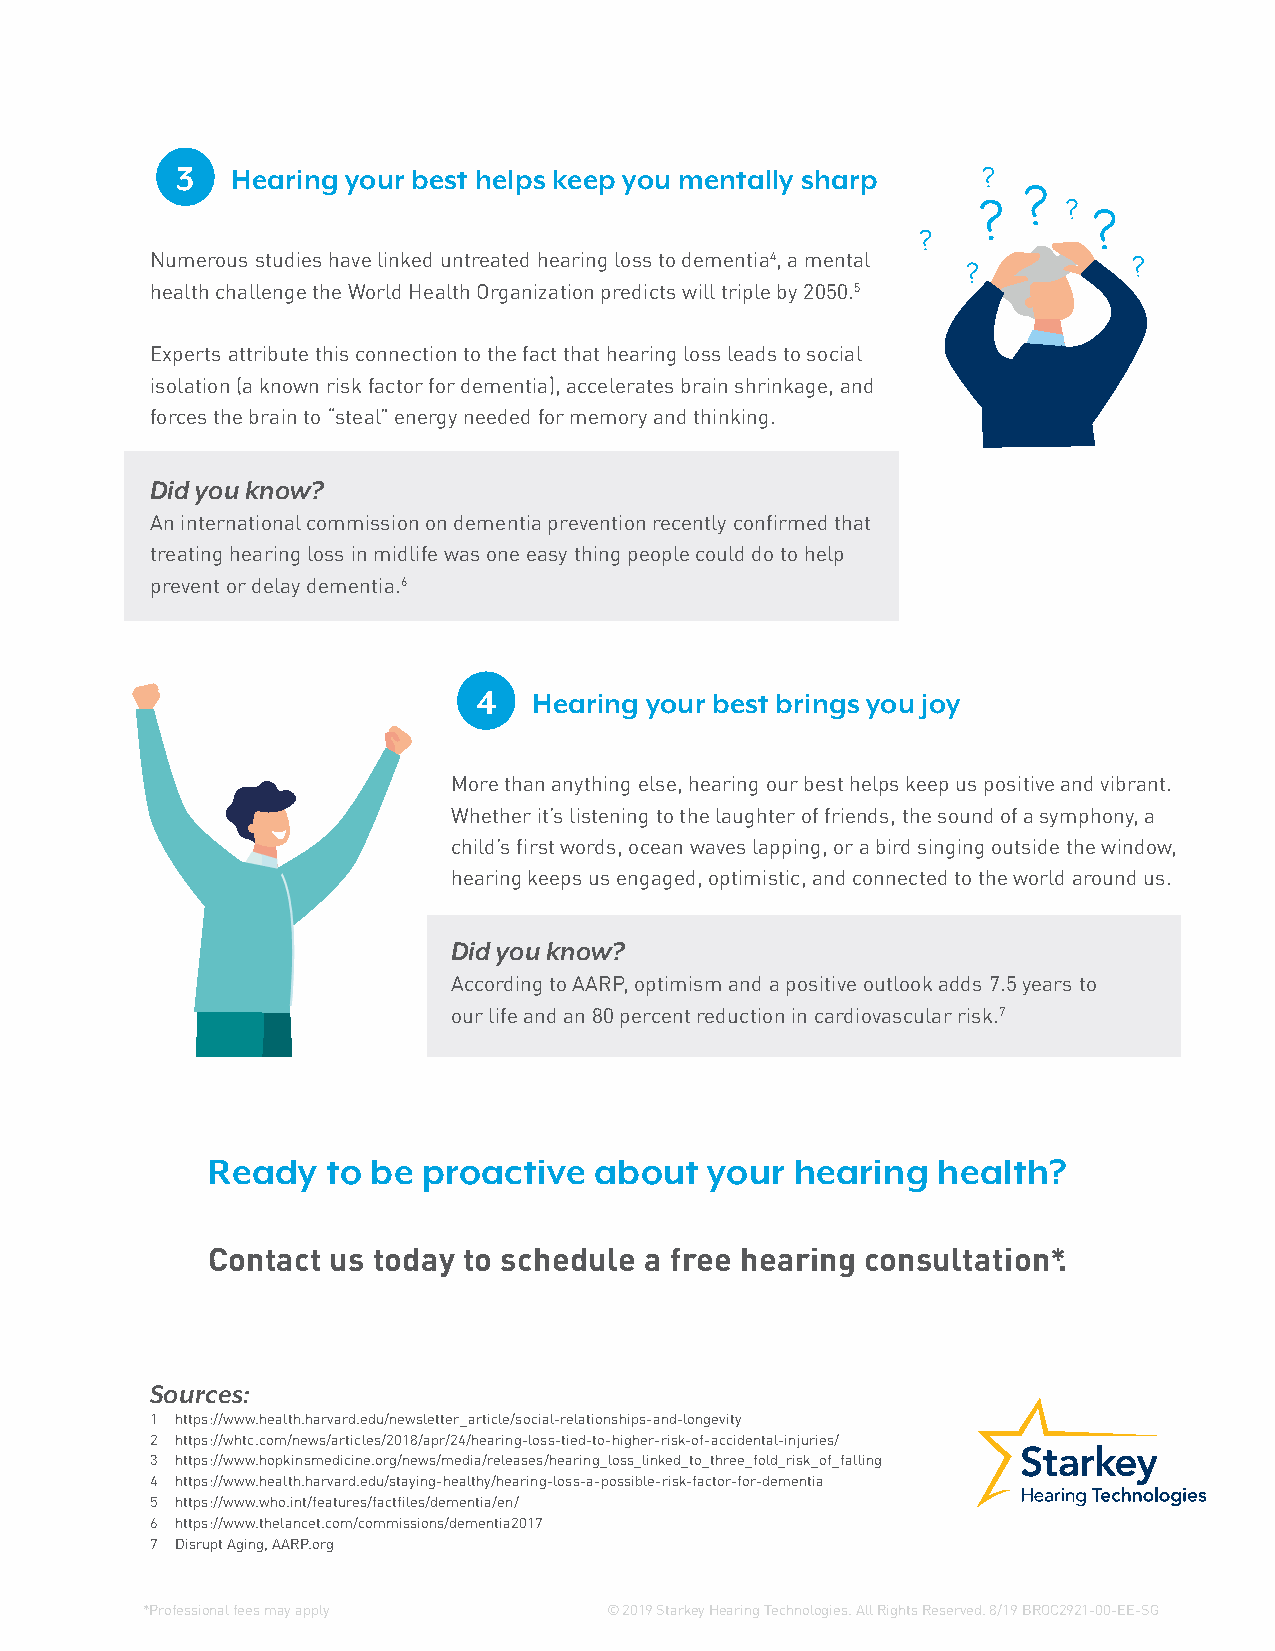
3  Hearing your best helps keep you mentally sharp
 Numerous studies have linked untreated hearing loss to dementia4, a mental
 health challenge the World Health Organization predicts will triple by 2050.5
 Experts attribute this connection to the fact that hearing loss leads to social
 isolation (a known risk factor for dementia), accelerates brain shrinkage, and
 forces the brain to “steal” energy needed for memory and thinking.
 Did you know?
 An international commission on dementia prevention recently confirmed that
 treating hearing loss in midlife was one easy thing people could do to help
 prevent or delay dementia.6
 4  Hearing your best brings you joy
 More than anything else, hearing our best helps keep us positive and vibrant.
 Whether it’s listening to the laughter of friends, the sound of a symphony, a
 child’s first words, ocean waves lapping, or a bird singing outside the window,
 hearing keeps us engaged, optimistic, and connected to the world around us.
 Did you know?
 According to AARP, optimism and a positive outlook adds 7.5 years to
 our life and an 80 percent reduction in cardiovascular risk.7
 Ready   to be proactive  about   your  hearing  health?
 Contact us today to schedule a free hearing consultation*.
 Sources:
 1 https://www.health.harvard.edu/newsletter_article/social-relationships-and-longevity
 2 https://whtc.com/news/articles/2018/apr/24/hearing-loss-tied-to-higher-risk-of-accidental-injuries/
 3 https://www.hopkinsmedicine.org/news/media/releases/hearing_loss_linked_to_three_fold_risk_of_falling
 4 https://www.health.harvard.edu/staying-healthy/hearing-loss-a-possible-risk-factor-for-dementia
 5 https://www.who.int/features/factfiles/dementia/en/
 6 https://www.thelancet.com/commissions/dementia2017
 7 Disrupt Aging, AARP.org
 *Professional fees may apply   © 2019 Starkey Hearing Technologies. All Rights Reserved. 8/19 BROC2921-00-EE-SG